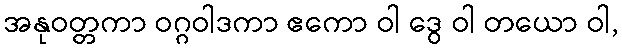
အနုဝတ္တကာ ဝဂ္ဂဝါဒကာ ဧကော ဝါ ဒွေ ဝါ တယော ဝါ,